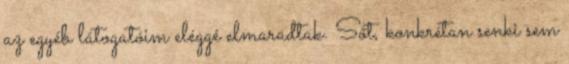
az egyéb látogatóim eléggé elmaradtak. Sőt, konkrétan senki sem